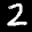
Digit: 2